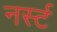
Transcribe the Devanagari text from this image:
नर्स्ट